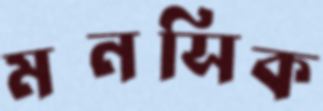
মনসিক